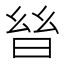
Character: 𣌳